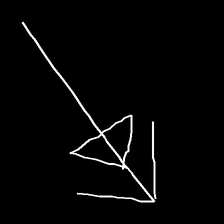
Glyph: pull